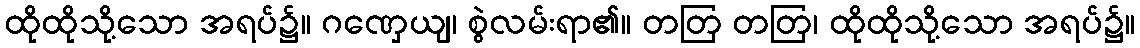
ထိုထိုသို့သော အရပ်၌။ ဂဏှေယျ၊ စွဲလမ်းရာ၏။ တတြ တတြ၊ ထိုထိုသို့သော အရပ်၌။